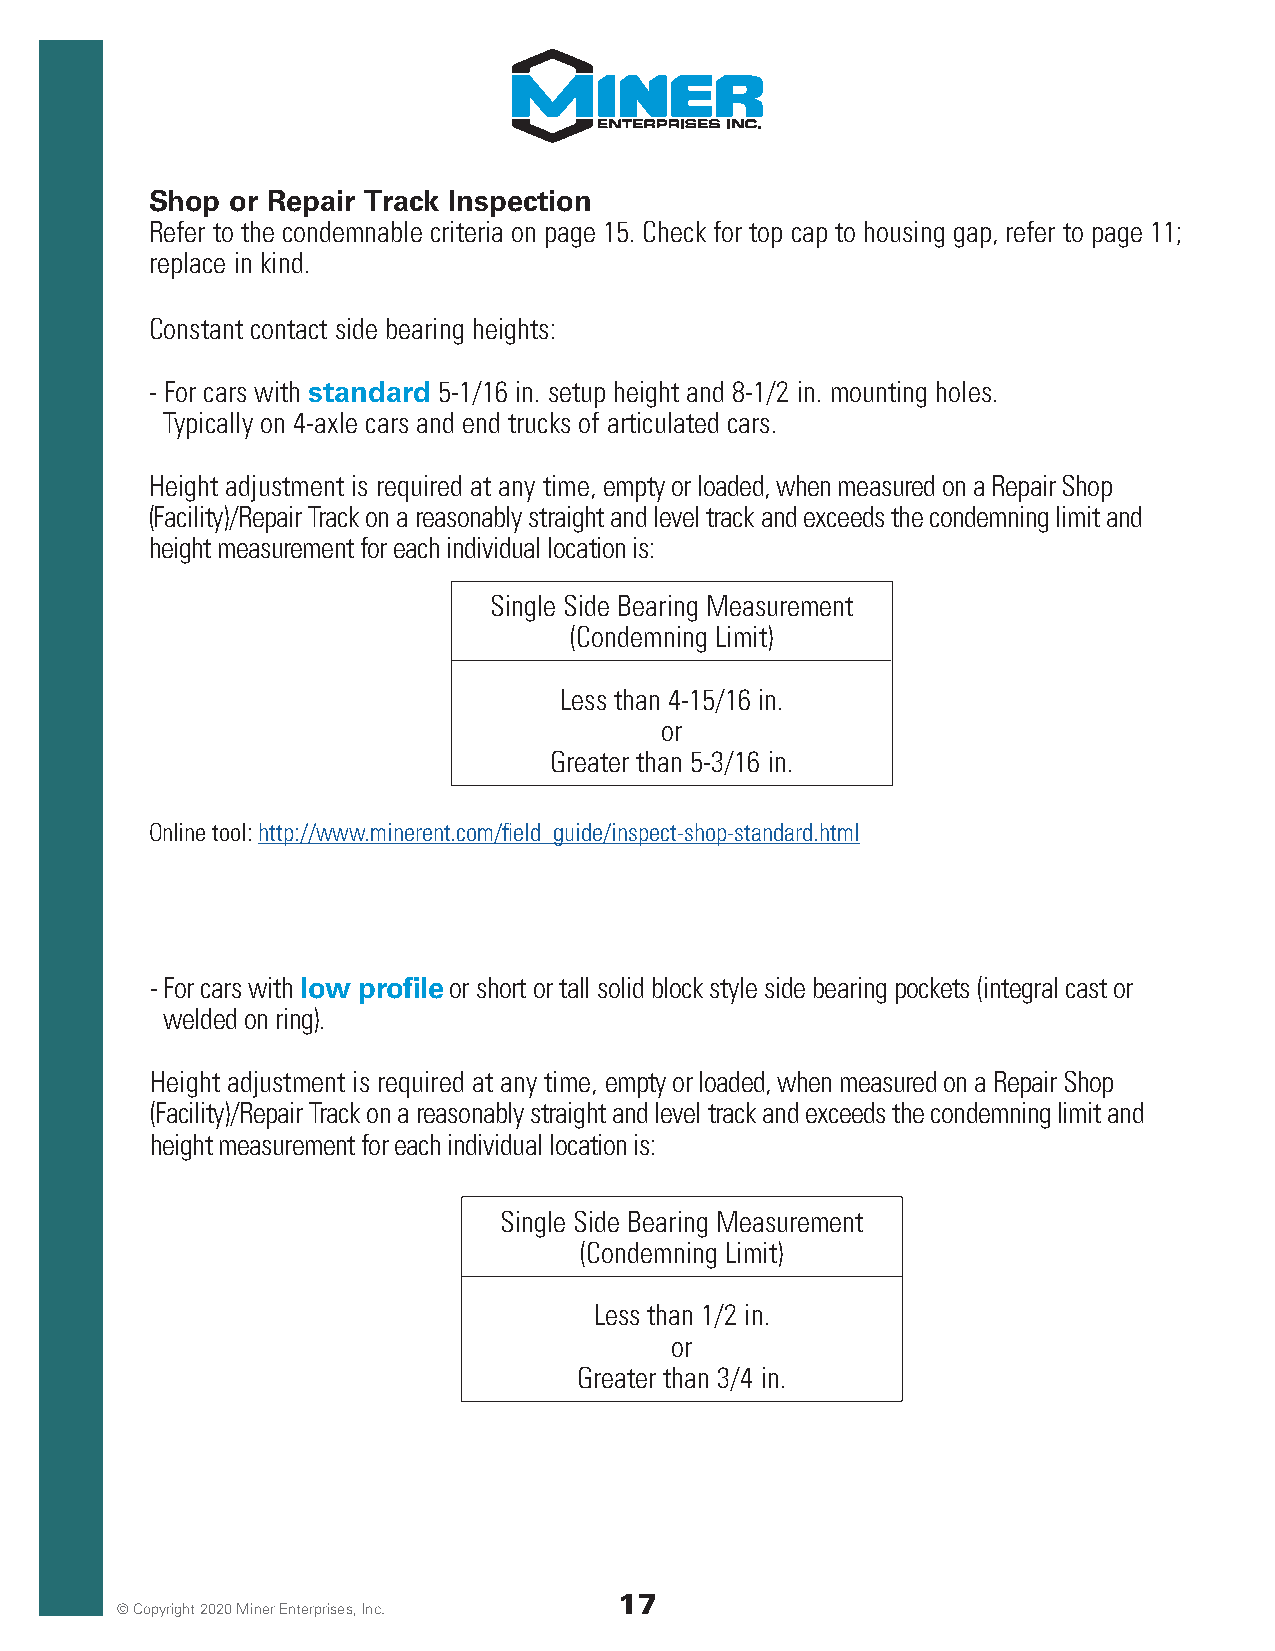
Shop or Repair Track Inspection
 Refer to the condemnable criteria on page 15. Check for top cap to housing gap, refer to page 11;
 replace in kind.
 Constant contact side bearing heights:
 - For cars with standard 5-1/16 in. setup height and 8-1/2 in. mounting holes.
 Typically on 4-axle cars and end trucks of articulated cars.
 Height adjustment is required at any time, empty or loaded, when measured on a Repair Shop
 (Facility)/Repair Track on a reasonably straight and level track and exceeds the condemning limit and
 height measurement for each individual location is:
 Single Side Bearing Measurement
 (Condemning Limit)
 Less than 4-15/16 in.
 or
 Greater than 5-3/16 in.
 Online tool: http://www.minerent.com/field_guide/inspect-shop-standard.html
 - For cars with low profile or short or tall solid block style side bearing pockets (integral cast or
 welded on ring).
 Height adjustment is required at any time, empty or loaded, when measured on a Repair Shop
 (Facility)/Repair Track on a reasonably straight and level track and exceeds the condemning limit and
 height measurement for each individual location is:
 Single Side Bearing Measurement
 (Condemning Limit)
 Less than 1/2 in.
 or
 Greater than 3/4 in.
 17
 © Copyright 2020 Miner Enterprises, Inc.